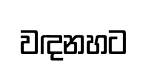
වඳනහට